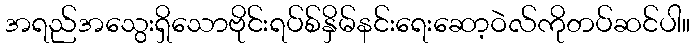
အရည်အသွေးရှိသောဗိုင်းရပ်စ်နှိမ်နင်းရေးဆော့ဝဲလ်ကိုတပ်ဆင်ပါ။